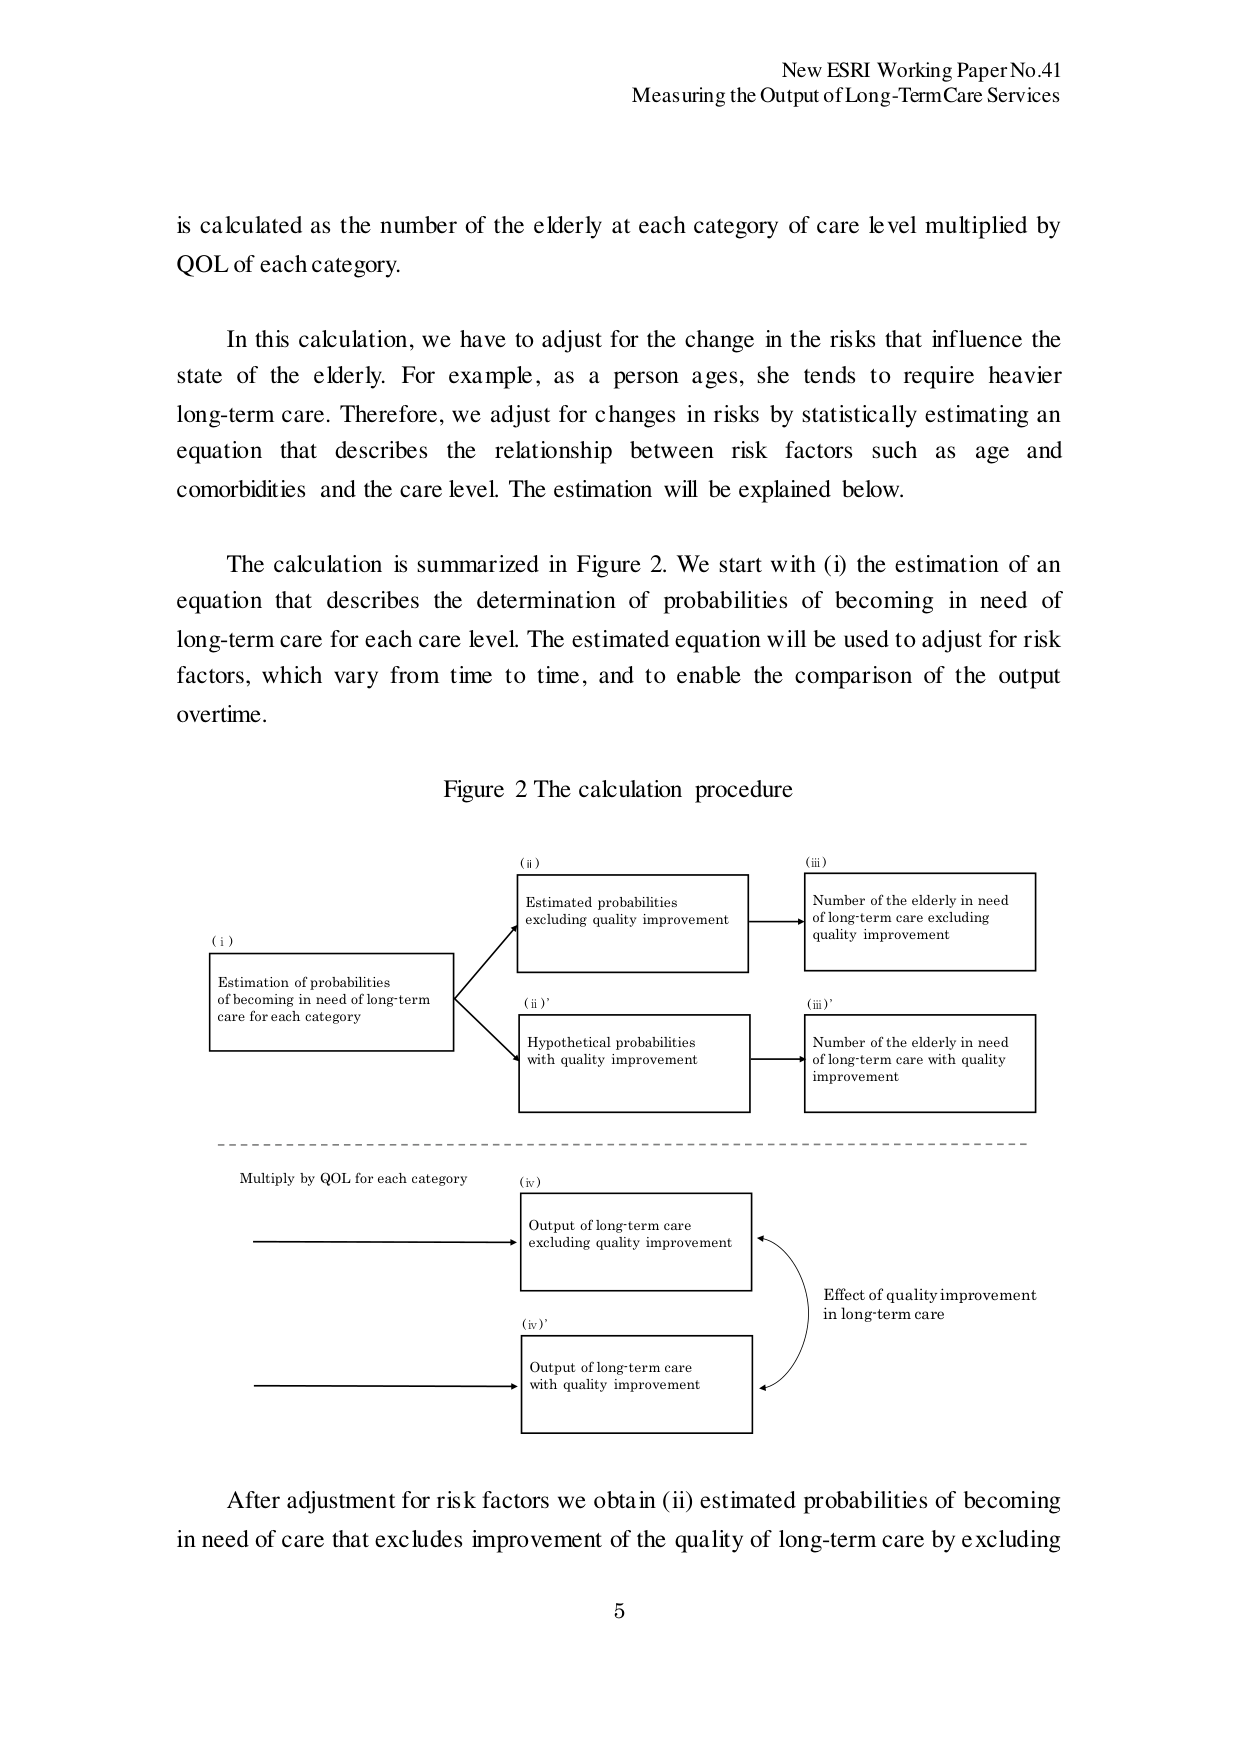
New ESRI Working Paper No.41
Measuring the Output of Long-Term Care Services

is calculated as the number of the elderly at each category of care level multiplied by QOL of each category.

In this calculation, we have to adjust for the change in the risks that influence the state of the elderly. For example, as a person ages, she tends to require heavier long-term care. Therefore, we adjust for changes in risks by statistically estimating an equation that describes the relationship between risk factors such as age and comorbidities and the care level. The estimation will be explained below.

The calculation is summarized in Figure 2. We start with (i) the estimation of an equation that describes the determination of probabilities of becoming in need of long-term care for each care level. The estimated equation will be used to adjust for risk factors, which vary from time to time, and to enable the comparison of the output overtime.

Figure 2 The calculation procedure

(i)
Estimation of probabilities
of becoming in need of long-term
care for each category

(a)
Estimated probabilities
excluding quality improvement

(ii)
Number of the elderly in need
of long-term care excluding
quality improvement

(ii)'
Hypothetical probabilities
with quality improvement

(iii)'
Number of the elderly in need
of long-term care with quality
improvement

Multiply by QOL for each category

(iv)
Output of long-term care
excluding quality improvement

(iv)'
Output of long-term care
with quality improvement

Effect of quality improvement
in long-term care

After adjustment for risk factors we obtain (ii) estimated probabilities of becoming in need of care that excludes improvement of the quality of long-term care by excluding

5